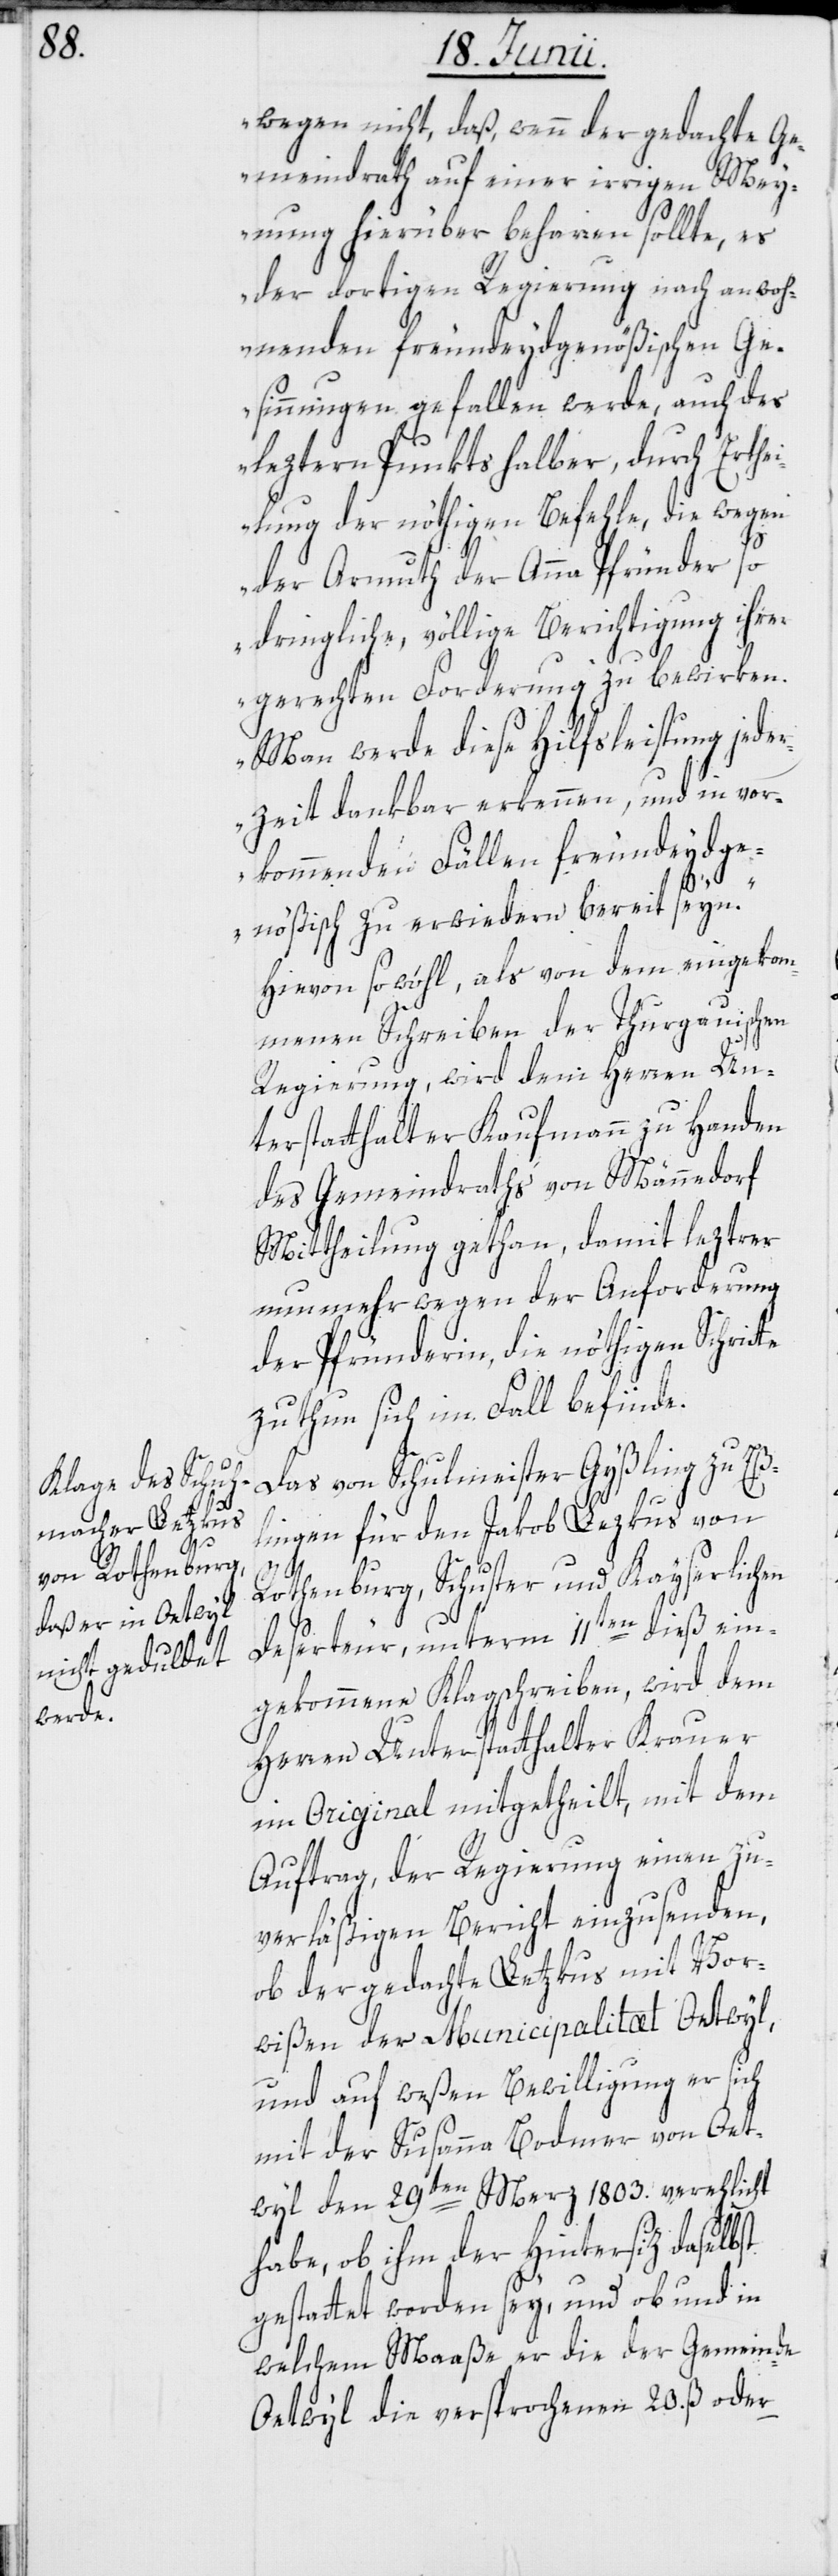
20.

wegen nicht, daß, wenn der gedachte Ge¬
meindrath auf einer irrigen Mey¬
nung hierüber beharren sollte, es
der dortigen Regierung nach anwoh¬
nenden freundeydgenößischen Ge¬
sinnungen gefallen werde, auch des
leztern Punkts halber, durch Erthei¬
lung der nöthigen Befehle, die wegen
der Armuth der Anna Pfründer so
dringliche, völlige Berichtigung ihrer
gerechten Forderung zu bewirken.
Man werde diese Hilfsleistung jede¬
rzeit dankbar erkennen, und in vor¬
kommenden Fällen freundeydge¬
te
nößisch zu erwiedern bereit seyn.“
Hievon so wohl, als von dem eingekom¬
menen Schreiben der Thurgauischen
Regierung, wird dem Herren Un¬
terstatthalter Kaufmann zu Handen
des Gemeindraths von Männedorf
Mittheilung gethan, damit leztrer
nunmehr wegen der Anforderung
der Pfründerin, die nöthigen Schrit¬
zu thun sich im Fall befinde.
Das von Schulmeister Gyßling zu Eß¬
lingen für den Jakob Lezkus
Rothenburg, Schuster und Kayserlichen
Deserteur, unterm 11ten dieß ein¬
gekommene Klagschreiben, wird dem
Herren Unterstatthalter Krauer
im Original mitgetheilt, mit dem
Auftrag, der Regierung einen zu¬
verläßigen Bericht einzusenden,
ob der gedachte Letzkus mit Vor¬
wißen der Municipalitæt Oetwyl,
und auf weßen Bewilligung er sich
mit der Susanna Bodmer von Oet¬
wyl den 29ten Merz 1803. verehlicht
habe, ob ihm der Hintersiz daselbst
gestattet worden sey, und ob und in
welchem Maaße er die der Gemeinde